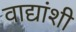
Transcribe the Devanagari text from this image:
वाद्यांशी